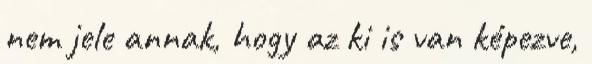
nem jele annak, hogy az ki is van képezve,